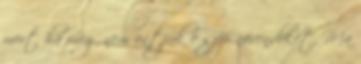
mert ha meg nem öntjük e szép növendéket, Ma